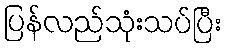
ပြန်လည်သုံးသပ်ပြီး